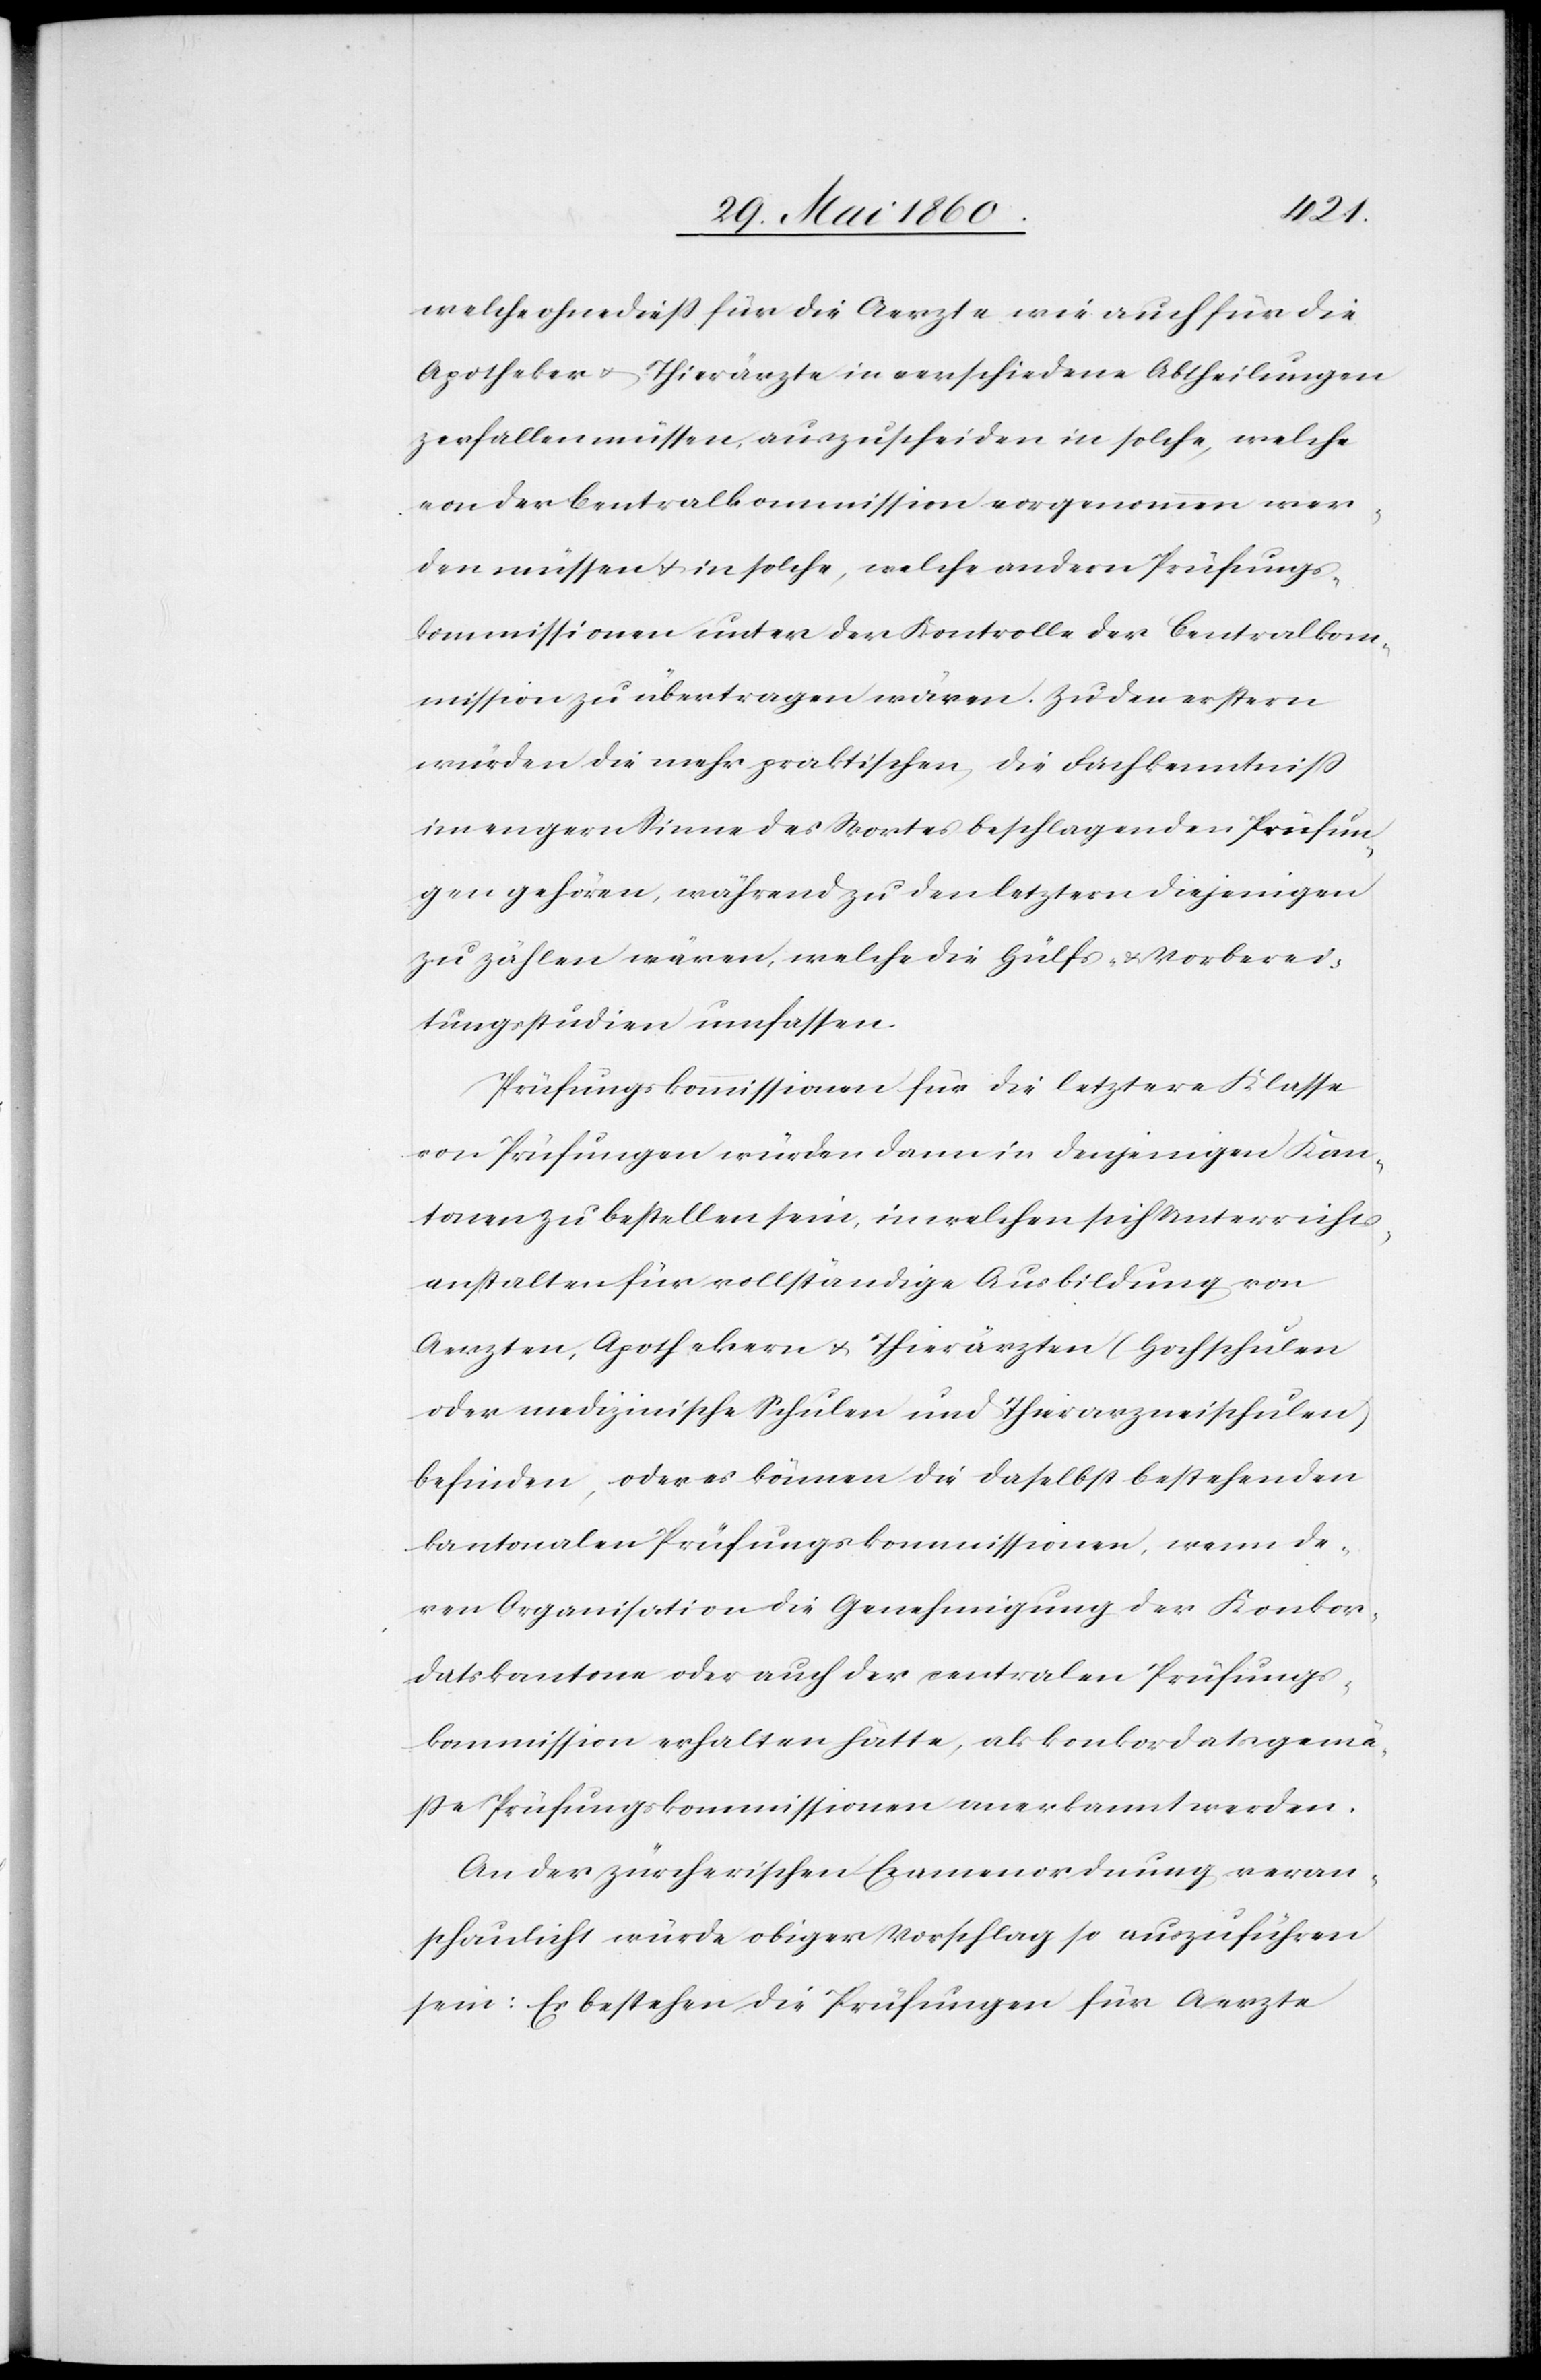
welche ohne diess für die Aerzte wie auch für die
Apotheker u. Thierärzte in verschiedene Abtheilungen
zerfallen müssen, auszuscheiden, in solche, welche
von der Centralkommission vorgenommen wer¬
den müssen u. in solche, welche andern Prüfungs¬
kommissionen unter der Kontrolle der Centralkom¬
mission zu übertragen wären. Zu den erstern
würden die mehr praktischen, die Fachkenntniss
im engern Sinne des Wortes beschlagenden Prüfun¬
gen gehören, während zu den letztern diejenigen
zu zählen wären, welche die Hülfs- u. Vorberei¬
tungsstudien umfassen.
Prüfungskommissionen für die letztere Klasse
von Prüfungen würden dann in denjenigen Kan¬
tonen zu bestellen sein, in welchen sich Unterrichts¬
anstalten für vollständige Ausbildung von
Aerzten, Apothekern u. Thierärzten (Hochschule
oder medizinische Schulen und Thierarzneischulen)
befinden, oder es können die daselbst bestehenden
kantonalen Prüfungskommissionen, wenn de¬
ren Organisation die Genehmigung der Konkor¬
datskantone oder auch der centralen Prüfungs¬
kommission erhalten hätte, als konkordatsgemä¬
sse Prüfungskommissionen anerkannt werden.
An der zürcherischen Examenordnung veran¬
schaulicht würde obiger Vorschlag so auszuführen
sein: Es bestehen die Prüfungen für Aerzte